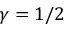
\gamma = 1 / 2